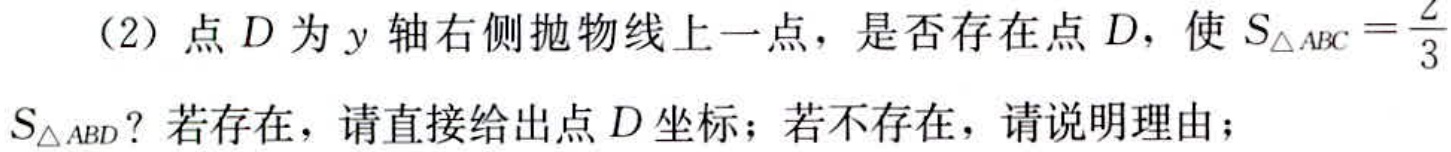
（2）点\(D\)为\(y\)轴右侧抛物线上一点，是否存在点\(D\)，使\(S_{\triangle ABC}=\frac{2}{3}S_{\triangle ABD}\)？若存在，请直接给出点\(D\)坐标；若不存在，请说明理由；